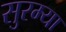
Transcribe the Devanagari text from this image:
सुरम्या